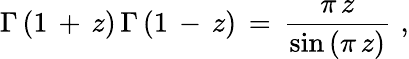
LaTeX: \Gamma\, (1\, +\, z)\, \Gamma\, (1\, -\, z)\, =\, \frac{\pi\, z}{\sin\, (\pi\, z)}\, \, ,